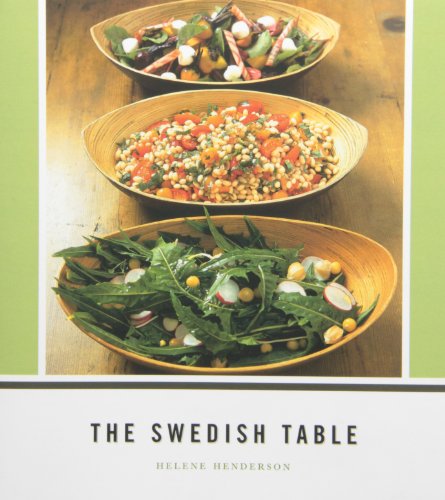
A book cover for The Swedish Table; Helene Henderson; Cookbooks, Food & Wine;